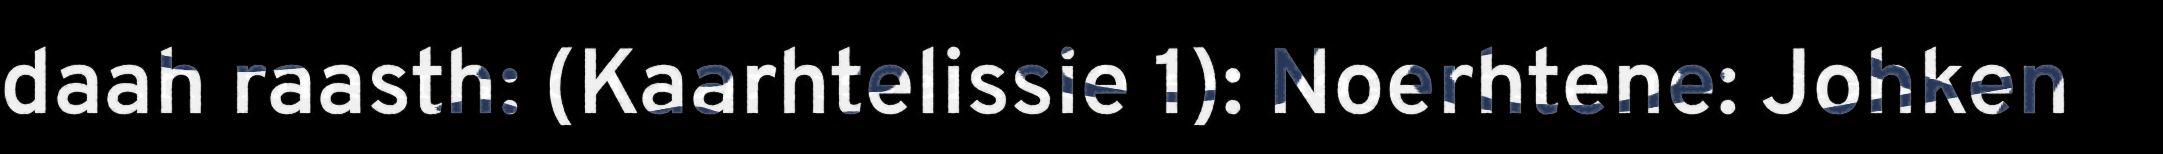
daah raasth: (Kaarhtelissie 1): Noerhtene: Johken